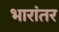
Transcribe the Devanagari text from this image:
भारांतर